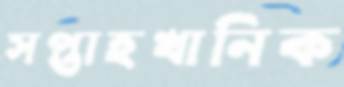
সপ্তাহখানিক